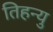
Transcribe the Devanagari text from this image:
तिहन्यु